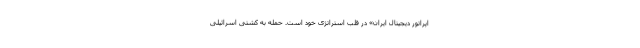
اپراتور دیجیتال ایران» در قلب استراتژی خود است. حمله به کشتی اسرائیلی